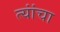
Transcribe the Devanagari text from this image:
त्यांंचा